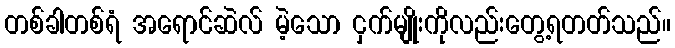
တစ်ခါတစ်ရံ အရောင်ဆဲလ် မဲ့သော ငှက်မျိုးကိုလည်းတွေ့ရတတ်သည်။